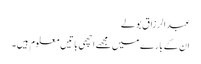
عبد الرزاق بولے
ان کے بارے میں مجھے اچھی باتیں معلوم ہیں۔